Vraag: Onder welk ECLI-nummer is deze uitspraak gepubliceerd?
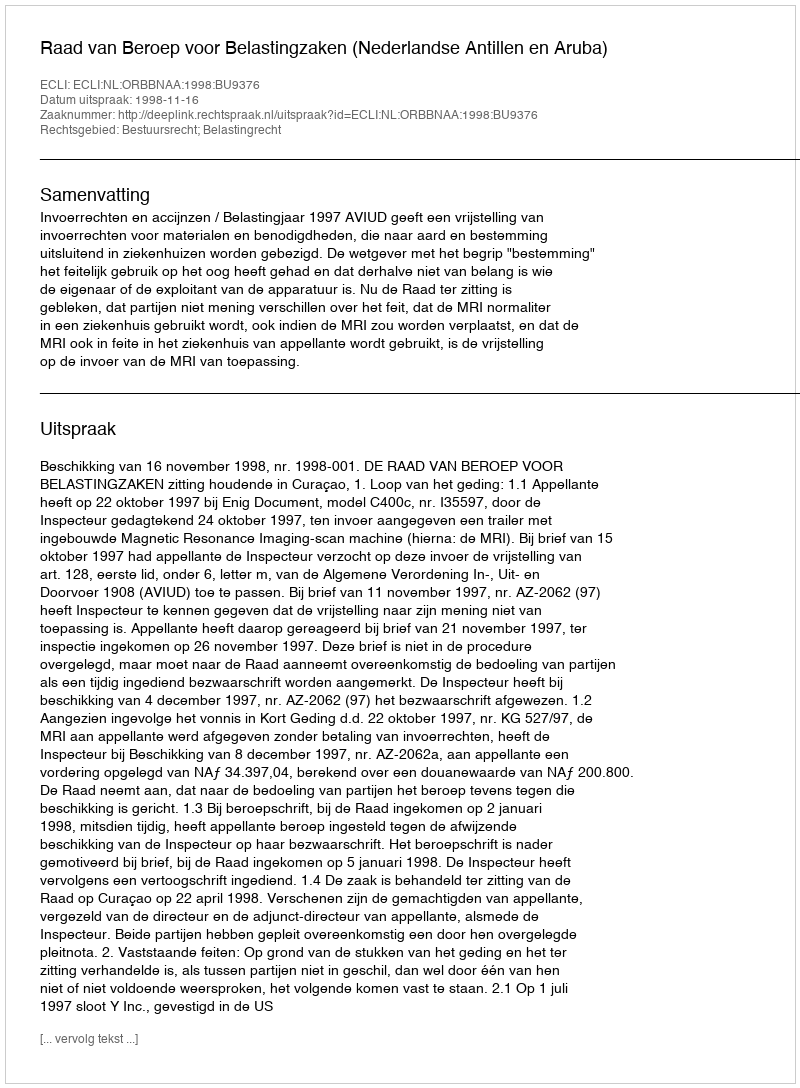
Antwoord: ECLI:NL:ORBBNAA:1998:BU9376